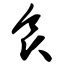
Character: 食